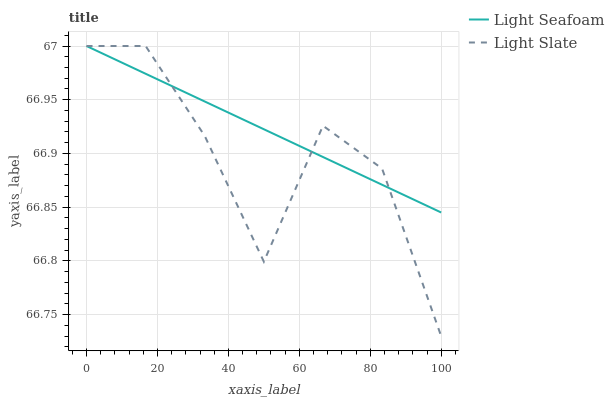
| xaxis_label | Light Seafoam | Light Slate |
 | --- | --- | --- |
 | 0 | 67 | 67 |
 | 16.7 | 67 | 67 |
 | 33.3 | 66.9 | 66.9 |
 | 50 | 66.9 | 66.8 |
 | 66.7 | 66.9 | 66.9 |
 | 83.3 | 66.9 | 66.9 |
 | 100 | 66.8 | 66.7 |